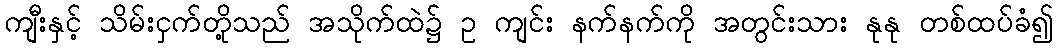
ကျီးနှင့် သိမ်းငှက်တို့သည် အသိုက်ထဲ၌ ဥ ကျင်း နက်နက်ကို အတွင်းသား နုနု တစ်ထပ်ခံ၍